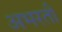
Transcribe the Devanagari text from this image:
अभरती